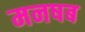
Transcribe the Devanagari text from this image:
मनषब